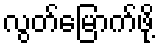
လွတ်မြောက်ဖို့